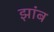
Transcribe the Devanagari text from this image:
झांब